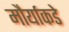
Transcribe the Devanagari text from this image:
मौर्याकडे